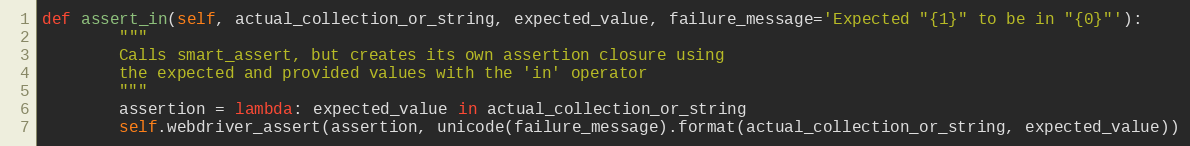
Language: Python
def assert_in(self, actual_collection_or_string, expected_value, failure_message='Expected "{1}" to be in "{0}"'):
        """
        Calls smart_assert, but creates its own assertion closure using
        the expected and provided values with the 'in' operator
        """
        assertion = lambda: expected_value in actual_collection_or_string
        self.webdriver_assert(assertion, unicode(failure_message).format(actual_collection_or_string, expected_value))